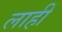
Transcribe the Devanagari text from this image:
लाहीं